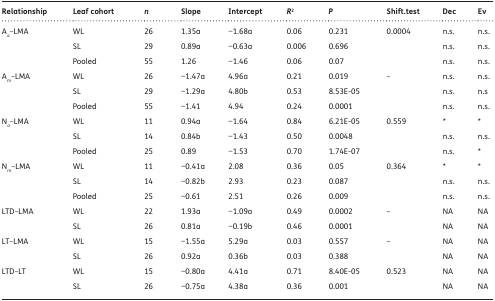
| Relationship | Leaf cohort | n | Slope | Intercept | R2 | P | Shift.test | Dec | Ev |
 | --- | --- | --- | --- | --- | --- | --- | --- | --- | --- |
 | <ROWSPAN=3> Aa–LMA | WL | 26 | 1.35a | −1.68a | 0.06 | 0.231 | 0.0004 | n.s. | n.s. |
 | SL | 29 | 0.89a | −0.63a | 0.006 | 0.696 |  | n.s. | n.s. |
 | Pooled | 55 | 1.26 | −1.46 | 0.06 | 0.07 |  | n.s. | n.s. |
 | <ROWSPAN=3> Am–LMA | WL | 26 | −1.47a | 4.96a | 0.21 | 0.019 | – | n.s. | n.s. |
 | SL | 29 | −1.29a | 4.80b | 0.53 | 8.53E-05 |  | n.s. | n.s |
 | Pooled | 55 | −1.41 | 4.94 | 0.24 | 0.0001 |  | n.s. | n.s. |
 | <ROWSPAN=3> Na–LMA | WL | 11 | 0.94a | −1.64 | 0.84 | 6.21E-05 | 0.559 | * | * |
 | SL | 14 | 0.84b | −1.43 | 0.50 | 0.0048 |  | n.s. | n.s. |
 | Pooled | 25 | 0.89 | −1.53 | 0.70 | 1.74E-07 |  | n.s. | * |
 | <ROWSPAN=3> Nm–LMA | WL | 11 | −0.41a | 2.08 | 0.36 | 0.05 | 0.364 | * | * |
 | SL | 14 | −0.82b | 2.93 | 0.23 | 0.087 |  | n.s. | n.s. |
 | Pooled | 25 | −0.61 | 2.51 | 0.26 | 0.009 |  | n.s. | n.s. |
 | <ROWSPAN=2> LTD–LMA | WL | 22 | 1.93a | −1.09a | 0.49 | 0.0002 | – | NA | NA |
 | SL | 26 | 0.81a | −0.19b | 0.46 | 0.0001 |  | NA | NA |
 | <ROWSPAN=2> LT–LMA | WL | 15 | −1.55a | 5.29a | 0.03 | 0.557 | – | NA | NA |
 | SL | 26 | 0.92a | 0.36b | 0.03 | 0.388 |  | NA | NA |
 | <ROWSPAN=2> LTD–LT | WL | 15 | −0.80a | 4.41a | 0.71 | 8.40E-05 | 0.523 | NA | NA |
 | SL | 26 | −0.75a | 4.38a | 0.36 | 0.001 |  | NA | NA |